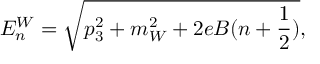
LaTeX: E _ { n } ^ { W } = \sqrt { p _ { 3 } ^ { 2 } + m _ { W } ^ { 2 } + 2 e B ( n + \frac { 1 } { 2 } ) } ,